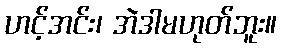
ဟင့်အင်း၊ အဲဒါမဟုတ်ဘူး။